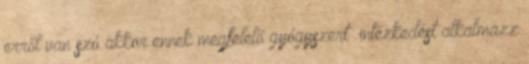
erről van szó akkor ennek megfelelő gyógyszert intézkedést alkalmazz